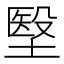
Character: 㙠